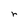
Character: r